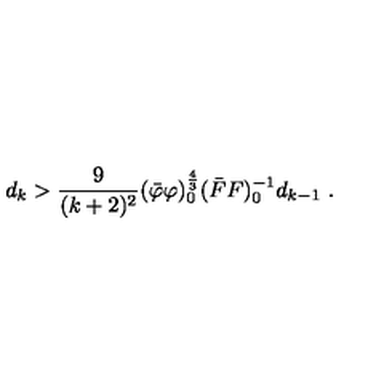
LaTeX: d _ { k } > \frac { 9 } { ( k + 2 ) ^ { 2 } } ( \bar { \varphi } \varphi ) _ { 0 } ^ { \frac { 4 } { 3 } } ( \bar { F } F ) _ { 0 } ^ { - 1 } d _ { k - 1 } \ .